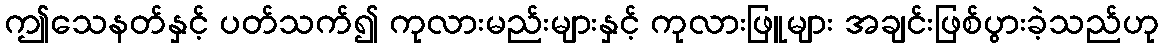
ဤသေနတ်နှင့် ပတ်သက်၍ ကုလားမည်းများနှင့် ကုလားဖြူများ အချင်းဖြစ်ပွားခဲ့သည်ဟု